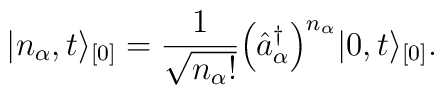
\vert n_{\alpha}, t \rangle_{[0]} = \frac{1}{\sqrt{n_{\alpha}!}}\Bigl( \hat{a}^{\dagger}_{\alpha} \Bigr)^{n_{\alpha}}\vert 0, t \rangle_{[0]}.